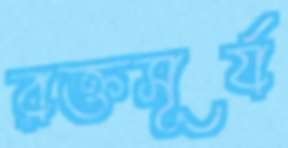
রক্তসূর্য